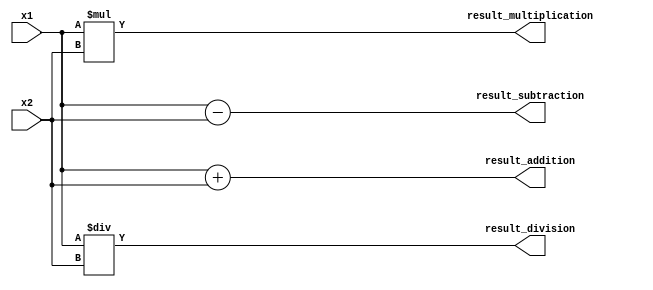
module FixedPointConverter(
    input [31:0] x1, // First fixed-point number
    input [31:0] x2, // Second fixed-point number
    output reg [31:0] result_addition, // Result of addition operation
    output reg [31:0] result_subtraction, // Result of subtraction operation
    output reg [31:0] result_multiplication, // Result of multiplication operation
    output reg [31:0] result_division // Result of division operation
);

// Addition module
always @(*) begin
    result_addition = x1 + x2;
end

// Subtraction module
always @(*) begin
    result_subtraction = x1 - x2;
end

// Multiplication module
always @(*) begin
    result_multiplication = x1 * x2;
end

// Division module
always @(*) begin
    result_division = x1 / x2;
end

endmodule